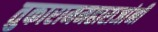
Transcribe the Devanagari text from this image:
तुकाराममहाराजांनीं